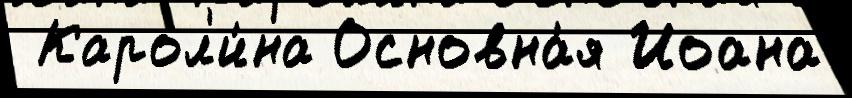
 Карол'и́на Основна́я Иоана